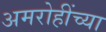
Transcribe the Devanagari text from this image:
अमरोहींच्या